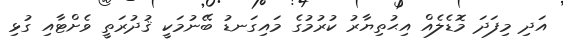
އަދި މިފަދަ މޮޑެލެއް އިޙުތިޔާރު ކުރުމުގެ މައިގަނޑު ބޭނުމަކީ ޤުދުރަތީ ވެށްޓާއި ގުޅި